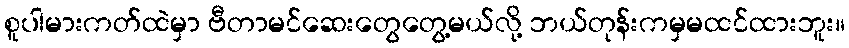
စူပါမားကတ်ထဲမှာ ဗီတာမင်ဆေးတွေတွေ့မယ်လို့ ဘယ်တုန်းကမှမထင်ထားဘူး။